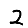
Digit: 2